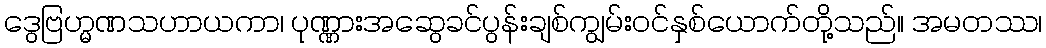
ဒွေဗြဟ္မဏသဟာယကာ၊ ပုဏ္ဏားအဆွေခင်ပွန်းချစ်ကျွမ်းဝင်နှစ်ယောက်တို့သည်။ အမတဿ၊